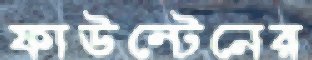
ফাউন্টেনের